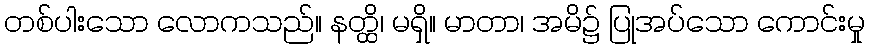
တစ်ပါးသော လောကသည်။ နတ္ထိ၊ မရှိ။ မာတာ၊ အမိ၌ ပြုအပ်သော ကောင်းမှု